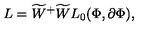
L = { \widetilde { W } } ^ { + } \widetilde { W } L _ { 0 } ( \Phi , \partial \Phi ) ,